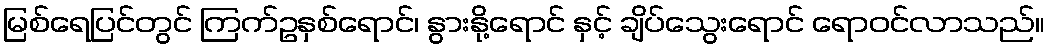
မြစ်ရေပြင်တွင် ကြက်ဥနှစ်ရောင်၊ နွားနို့ရောင် နှင့် ချိပ်သွေးရောင် ရောဝင်လာသည်။